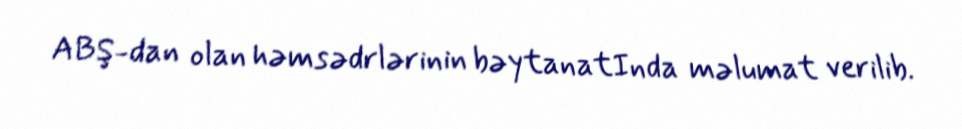
ABŞ-dan olan həmsədrlərinin bəytanatInda məlumat verilib.